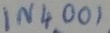
Text: IN4001